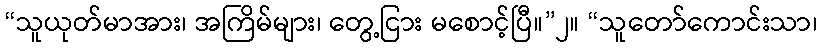
“သူယုတ်မာအား၊ အကြိမ်များ၊ တွေ့ငြား မစောင့်ပြီ။”၂။ “သူတော်ကောင်းသာ၊